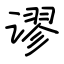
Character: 谬